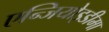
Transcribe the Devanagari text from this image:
एन्जियोइडीमा